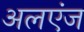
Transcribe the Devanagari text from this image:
अलएंज